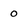
Character: 0